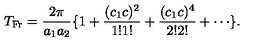
T _ { \mathrm { F r } } = \frac { 2 \pi } { a _ { 1 } a _ { 2 } } \{ 1 + \frac { ( c _ { 1 } c ) ^ { 2 } } { 1 ! 1 ! } + \frac { ( c _ { 1 } c ) ^ { 4 } } { 2 ! 2 ! } + \cdots \} .